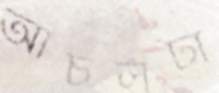
আঁচলটা